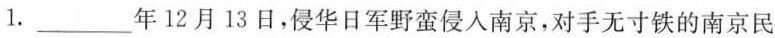
1.___年12月13日，侵华日军野蛮侵入南京，对手无寸铁的南京民